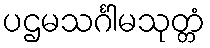
ပဌမသင်္ဂါမသုတ္တံ